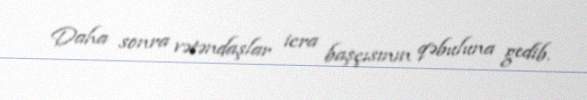
Daha sonra vətəndaşlar icra başçısının qəbuluna gedib.